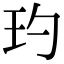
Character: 玓